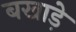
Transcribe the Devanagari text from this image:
बखाड़े